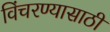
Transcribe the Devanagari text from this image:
विंचरण्यासाठी